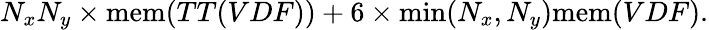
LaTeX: N_{x}N_{y}\times\mathrm{mem}(TT(VDF))+6\times\mathrm{min}(N_{x},N_{y})\mathrm{mem}(VDF).